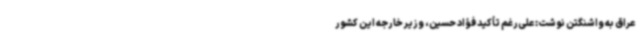
عراق به واشنگتن نوشت: علی‌رغم تأکید فؤاد حسین، وزیر خارجه این کشور